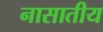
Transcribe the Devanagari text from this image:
नासातीय